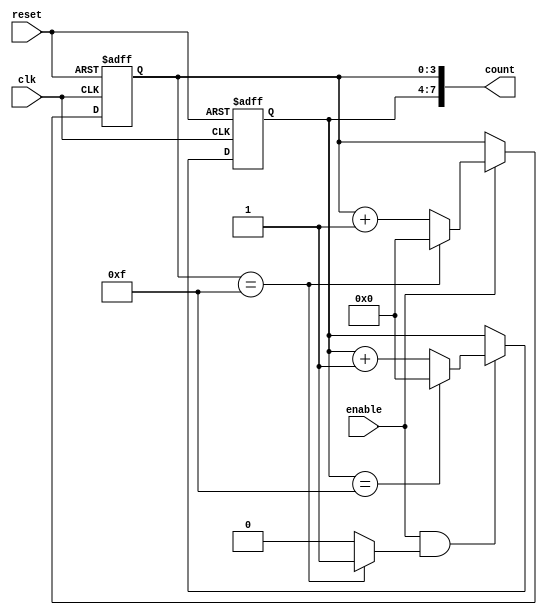
module cascaded_counter (
    input wire clk,               // Clock signal
    input wire reset,             // Reset signal
    input wire enable,            // Enable signal
    output wire [7:0] count       // 8-bit output for two 4-bit counters
);

    // Internal signals for carry propagation
    wire carry1;

    // First 4-bit counter stage
    reg [3:0] counter1;
    always @(posedge clk or posedge reset) begin
        if (reset) begin
            counter1 <= 4'b0000; // Reset counter1 to 0
        end else if (enable) begin
            if (counter1 == 4'b1111) begin
                counter1 <= 4'b0000; // Reset counter1 on overflow
            end else begin
                counter1 <= counter1 + 1'b1; // Increment counter1
            end
        end
    end

    // Carry signal for the second stage
    assign carry1 = (counter1 == 4'b1111) ? 1'b1 : 1'b0;

    // Second 4-bit counter stage
    reg [3:0] counter2;
    always @(posedge clk or posedge reset) begin
        if (reset) begin
            counter2 <= 4'b0000; // Reset counter2 to 0
        end else if (enable && carry1) begin
            if (counter2 == 4'b1111) begin
                counter2 <= 4'b0000; // Reset counter2 on overflow
            end else begin
                counter2 <= counter2 + 1'b1; // Increment counter2
            end
        end
    end

    // Concatenate the outputs of both counters
    assign count = {counter2, counter1}; // 8-bit output

endmodule